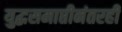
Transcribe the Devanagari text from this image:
युद्धसमाप्तीनंतरही